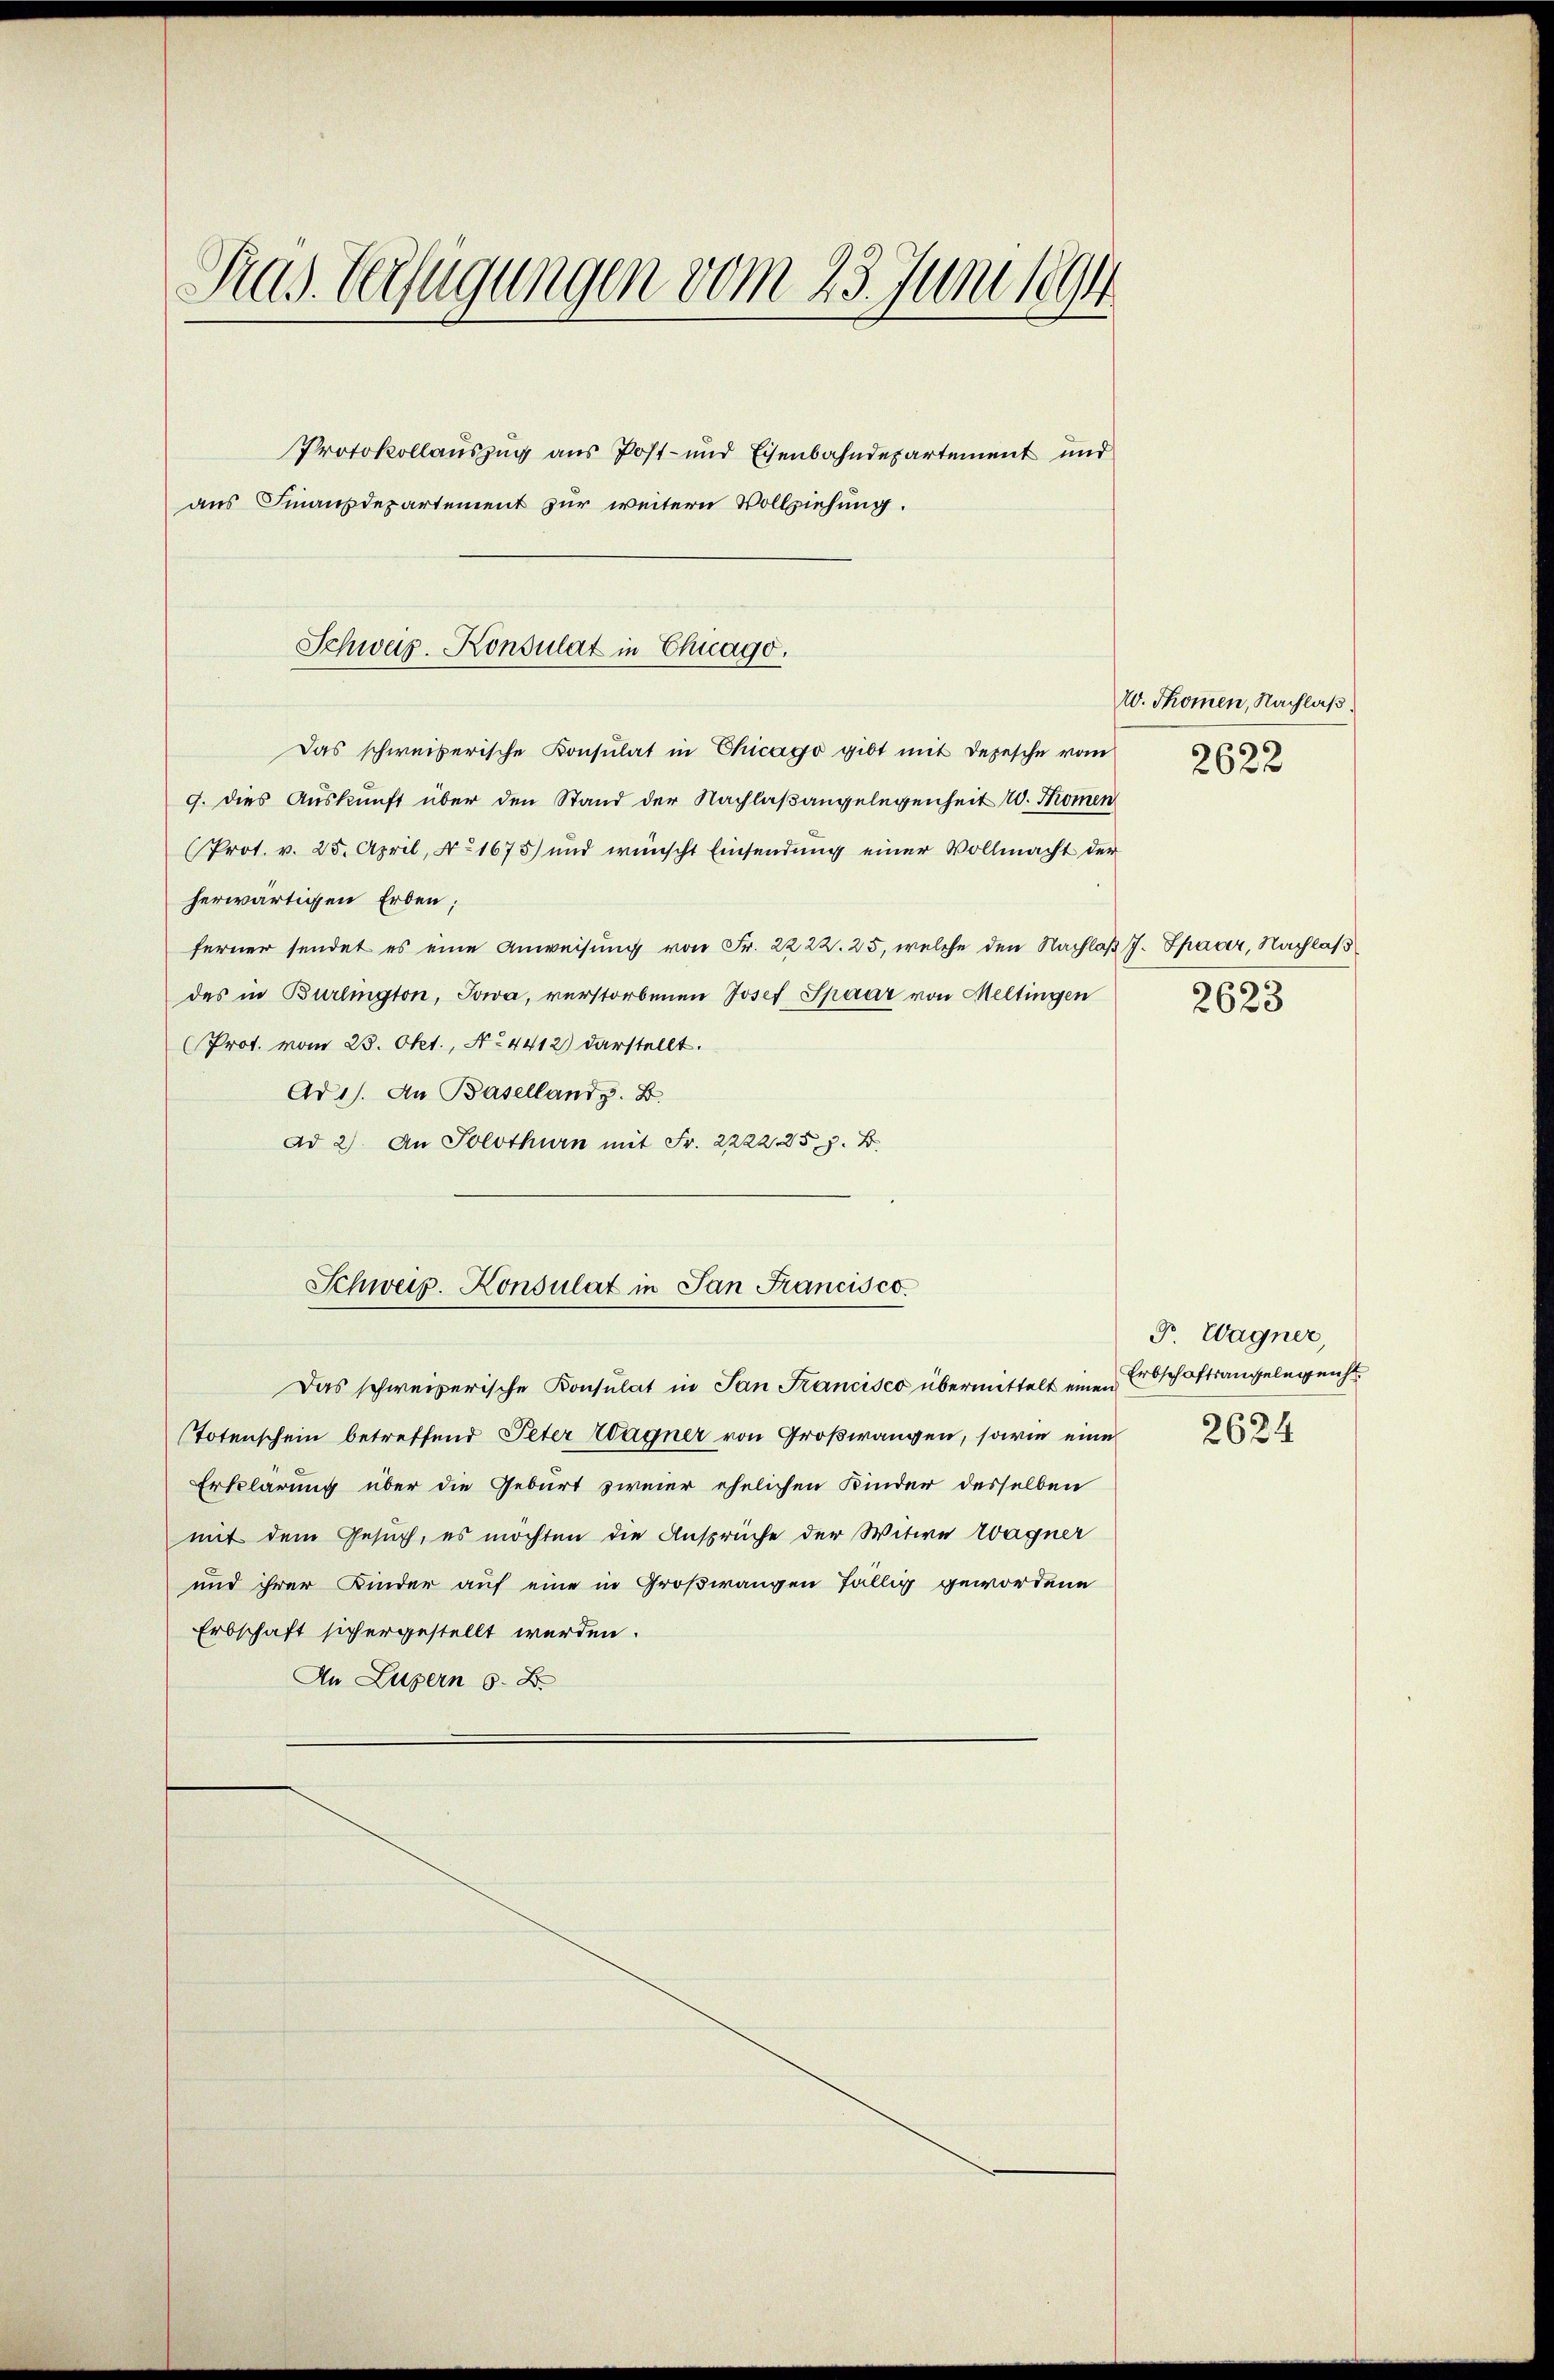
Pras. Verfügungen vom 23. Juni 1894

Protokollauszug aus Post- und Eisenbahndepartement und
aus Finanzdepartement zur weitern Vollziehung.

Schweiz. Konsulat in Chicago.

Schweiz. Konsulat in San Francisco

Das schweizerische Konsulat in Chicago gibt mit Depesche vom
9. dies Auskunft über den Stand der Nachlaßangelegenheit 20. Thomen
(Prot. v. 25. April, No 1675) und wünscht Einsendung einer Vollmacht der
herwärtigen Erben;
ferner sendet es eine Anweisŭng von Fr. 2222. 25, welche den Nachlaβ J. Spaar, Nachlas
des in Burlington, Jowa, verstorbenen Josef Spaar von Meltingen
Prot. vom 23. Okt., No 4412) darstellt.
Ad 1). An Baselland z. B.
Ad 2) An Solothurn mit Fr. 2222 25 z. B.
Das schweizerische Konsulat in San Francisco übermittelt einen Erbschaftsangelegenst
Totenschein betreffend Peter Wagner von Großwangen, sowie eine
Erklärung über die Geburt zweier ehelichen Kinder desselben
mit dem Gesuch, es möchten die Ansprüche der Witwe Wagner
und ihrer Kinder auf eine in Großwangen fällig gewordene
Erbschaft sichergestellt werden.
An Luzern 6. B

W. Thomen, Nachlaß
2622

2623

P. Wagner,
2624